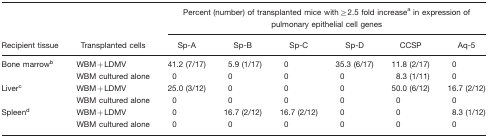
|  |  | <COLSPAN=6> Percent (number) of transplanted mice with≥2.5 fold increasea in expression of pulmonary epithelial cell genes |
 | Recipient tissue | Transplanted cells | Sp-A | Sp-B | Sp-C | Sp-D | CCSP | Aq-5 |
 | --- | --- | --- | --- | --- | --- | --- | --- |
 | Bone marrowb | WBM+LDMV | 41.2 (7/17) | 5.9 (1/17) | 0 | 35.3 (6/17) | 11.8 (2/17) | 0 |
 |  | WBM cultured alone | 0 | 0 | 0 | 0 | 8.3 (1/11) | 0 |
 | Liverc | WBM+LDMV | 25.0 (3/12) | 0 | 0 | 0 | 50.0 (6/12) | 16.7 (2/12) |
 |  | WBM cultured alone | 0 | 0 | 0 | 0 | 0 | 0 |
 | Spleend | WBM+LDMV | 0 | 16.7 (2/12) | 16.7 (2/12) | 0 | 0 | 8.3 (1/12) |
 |  | WBM cultured alone | 0 | 0 | 0 | 0 | 0 | 0 |